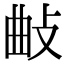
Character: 𢼰